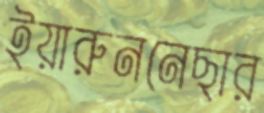
ইয়ারুননেছার